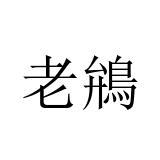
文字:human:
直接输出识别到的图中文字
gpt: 老鴘